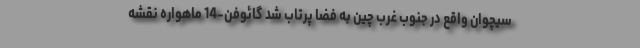
سیچوان واقع در جنوب غرب چین به فضا پرتاب شد گائوفن-14 ماهواره نقشه